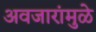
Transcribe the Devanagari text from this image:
अवजारांमुळे